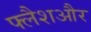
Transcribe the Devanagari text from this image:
फ्लैशऔर